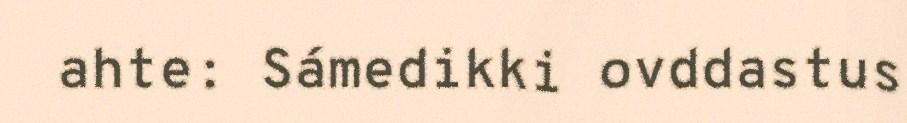
ahte: Sámedikki ovddastus